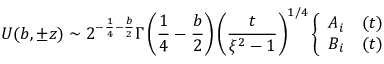
U ( b , \pm z ) \sim 2 ^ { - \frac { 1 } { 4 } - \frac { b } { 2 } } \Gamma \left( \frac { 1 } { 4 } - \frac { b } { 2 } \right) \left( \frac { t } { \xi ^ { 2 } - 1 } \right) ^ { 1 / 4 } \left\{ \begin{array} { l l } { { A _ { i } } } & { { ( t ) } } \\ { { B _ { i } } } & { { ( t ) } } \end{array} \right.